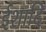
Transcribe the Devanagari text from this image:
ईशादि